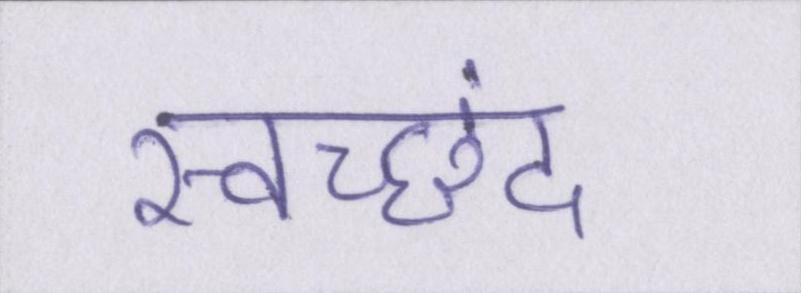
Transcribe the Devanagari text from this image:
स्वच्छंद